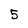
Character: 5